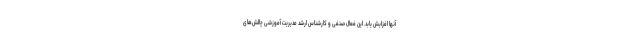
آنها افزایش یابد. این فعال صنفی و کارشناس ارشد مدیریت آموزشی چالش‌های